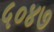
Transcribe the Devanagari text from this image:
५०४७